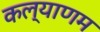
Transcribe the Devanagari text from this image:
कल्‍याणम